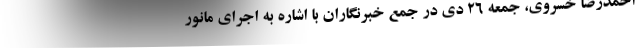
احمدرضا خسروی، جمعه ۲۶ دی در جمع خبرنگاران با اشاره به اجرای مانور